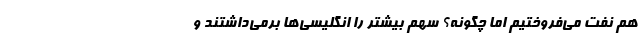
هم نفت می‌فروختیم اما چگونه؟ سهم بیشتر را انگلیسی‌ها برمی‌داشتند و